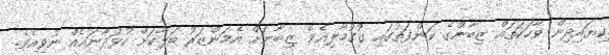
ކިޔައިދިން ވާހަކަތައް ޒިބާންގެ ކަންފަތުގައި ގުގުމާލިއެވެ. ޒިބާނަށް އެމަންޒަރު ބަލާކަށް ކުޅަދާނައެއް ނުވިއެވެ.